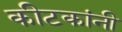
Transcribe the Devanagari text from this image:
कीटकांनी